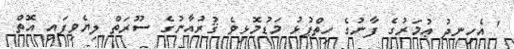
' އެހިނދު ޢުމަރުގެ ފާނުގެ ހިތްޕުޅު މަޑުމޮޅިވެ ޤުރުއާނުގެ ސޫރަތް ލިޔެވިފައި އޮތް